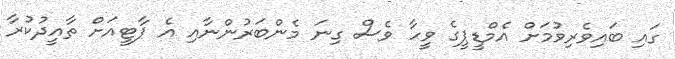
ގައި ބައިވެރިވުމަށް އެމްޑީޕީގެ ވީހާ ވެސް ގިނަ މެންބަރުންނާއި އެ ޕާޓީއަށް ތާއީދުކުރާ